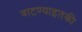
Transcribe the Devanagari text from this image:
वाटण्याइतकी